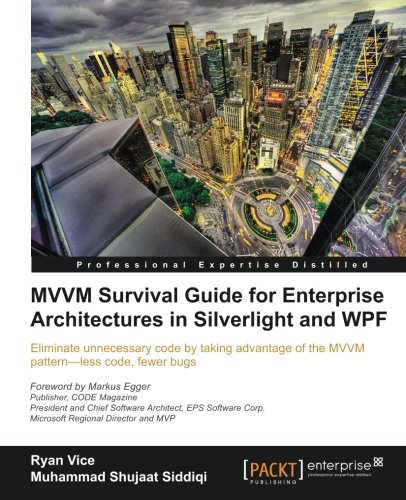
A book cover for MVVM Survival Guide for Enterprise Architectures in Silverlight and WPF; Ryan Vice; Computers & Technology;